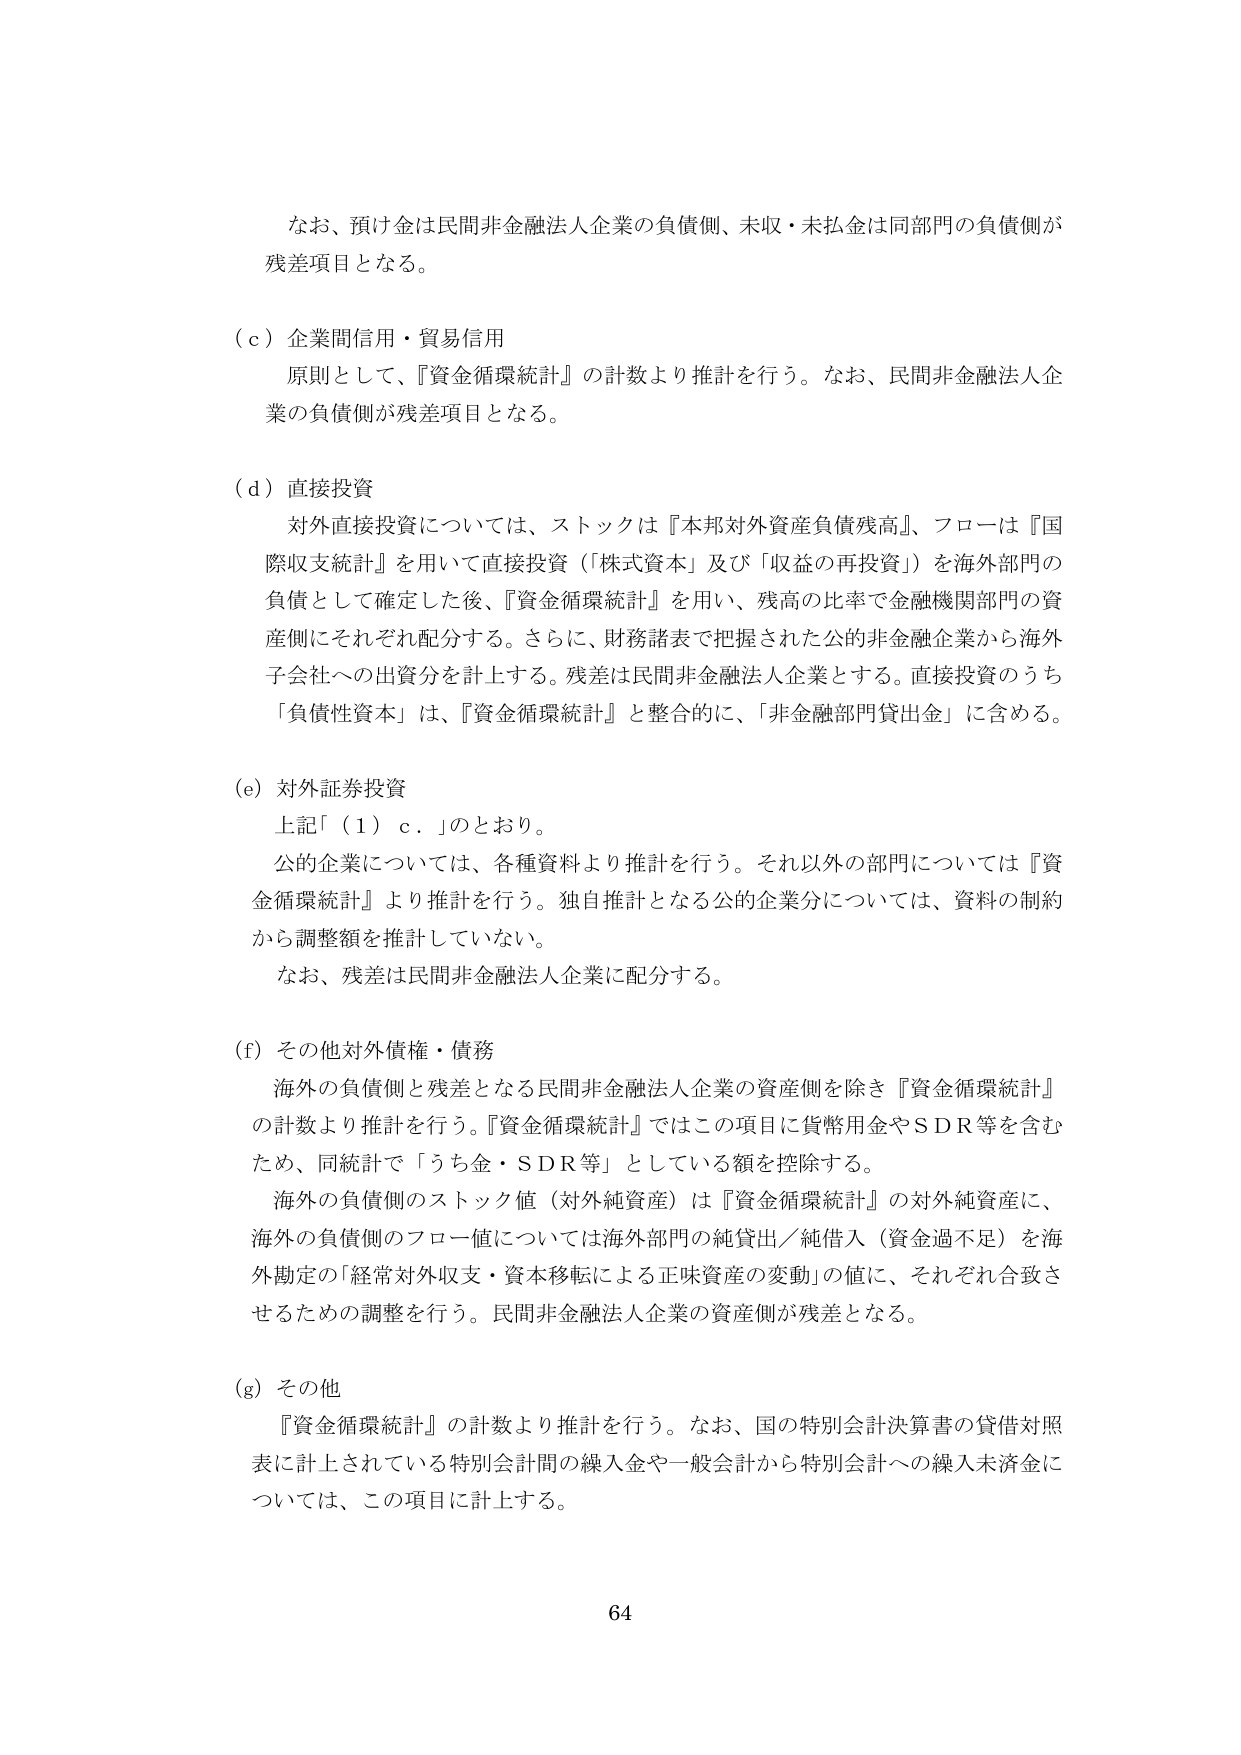
なお、預け金は民間非金融法人企業の負債側、未収・未払金は同部門の負債側が残差項目となる。

（ｃ）企業間信用・貿易信用
原則として、『資金循環統計』の計数より推計を行う。なお、民間非金融法人企業の負債側が残差項目となる。

（ｄ）直接投資
対外直接投資については、ストックは『本邦対外資産負債残高』、フローは『国際収支統計』を用いて直接投資（「株式資本」及び「収益の再投資」）を海外部門の負債として確定した後、『資金循環統計』を用い、残高の比率で金融機関部門の資産側にそれぞれ配分する。さらに、財務諸表で把握された公的非金融企業から海外子会社への出資分を計上する。残差は民間非金融法人企業とする。直接投資のうち「負債性資本」は、『資金循環統計』と整合的に、「非金融部門貸出金」に含める。

（ｅ）対外証券投資
上記「（１）ｃ．」のとおり。
公的企業については、各種資料より推計を行う。それ以外の部門については『資金循環統計』より推計を行う。独自推計となる公的企業分については、資料の制約から調整額を推計していない。
なお、残差は民間非金融法人企業に配分する。

（ｆ）その他対外債権・債務
海外の負債側と残差となる民間非金融法人企業の資産側を除き『資金循環統計』の計数より推計を行う。『資金循環統計』ではこの項目に貨幣用金やＳＤＲ等を含むため、同統計で「うち金・ＳＤＲ等」としている額を控除する。
海外の負債側のストック値（対外純資産）は『資金循環統計』の対外純資産に、海外の負債側のフロー値については海外部門の純貸出／純借入（資金過不足）を海外勘定の「経常対外収支・資本移転による正味資産の変動」の値に、それぞれ合致させるための調整を行う。民間非金融法人企業の資産側が残差となる。

（ｇ）その他
『資金循環統計』の計数より推計を行う。なお、国の特別会計決算書の貸借対照表に計上されている特別会計間の繰入金や一般会計から特別会計への繰入未済金については、この項目に計上する。

64